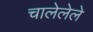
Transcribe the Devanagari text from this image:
चालेलेले